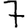
Digit: 7